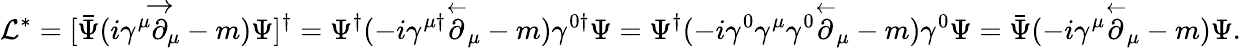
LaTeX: \mathcal{L}^{\ast}=[\bar{\Psi}(i\gamma^{\mu}\overset{\rightarrow}{\partial}_{\mu}-m)\Psi]^{\dagger}=\Psi^{\dagger}(-i\gamma^{\mu\dagger}\overset{\leftarrow}{\partial}_{\mu}-m)\gamma^{0\dagger}\Psi=\Psi^{\dagger}(-i\gamma^{0}\gamma^{\mu}\gamma^{0}\overset{\leftarrow}{\partial}_{\mu}-m)\gamma^{0}\Psi=\bar{\Psi}(-i\gamma^{\mu}\overset{\leftarrow}{\partial}_{\mu}-m)\Psi.